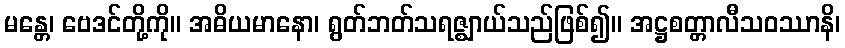
မန္တေ၊ ဗေဒင်တို့ကို။ အဓိယမာနော၊ ရွတ်ဘတ်သရဇ္ဈာယ်သည်ဖြစ်၍။ အဋ္ဌစတ္တာလီသဝဿာနိ၊